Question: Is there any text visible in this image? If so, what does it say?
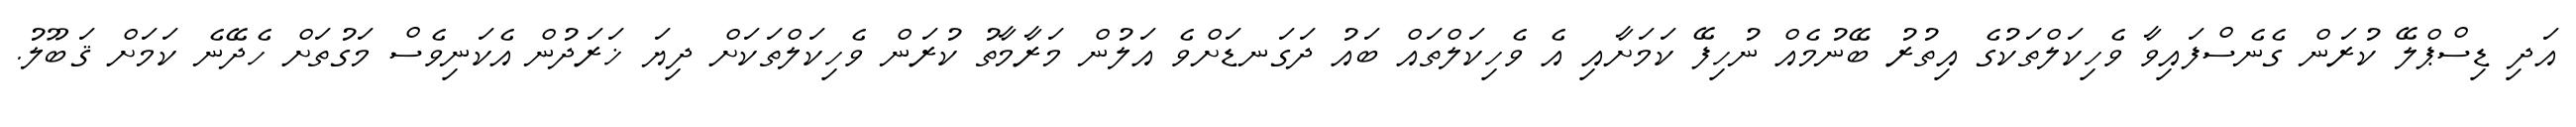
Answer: އަދި ޑިސްޕްލޭ ކުރަން ގެނެސްފައިވާ ވެހިކަލްތަކުގެ އިތުރު ބޭނުމެއް ނުހިފޭ ކަމަށާއި އެ ވެހިކަލްތައް ބައު ދަގަނޑަށްވެ އަލުން މަރާމާތު ކުރަން ވެހިކަލްތަކަށް ދިޔަ ޚަރަދުން އެކަނިވެސް މަގުތަށް ހެދޭނެ ކަމަށް ޤަބޫލު.